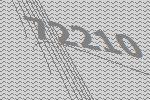
72210